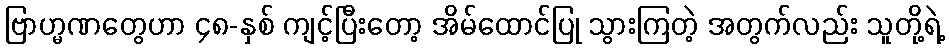
ဗြာဟ္မဏတွေဟာ ၄၈-နှစ် ကျင့်ပြီးတော့ အိမ်ထောင်ပြု သွားကြတဲ့ အတွက်လည်း သူတို့ရဲ့